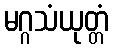
မဂ္ဂသံယုတ္တံ